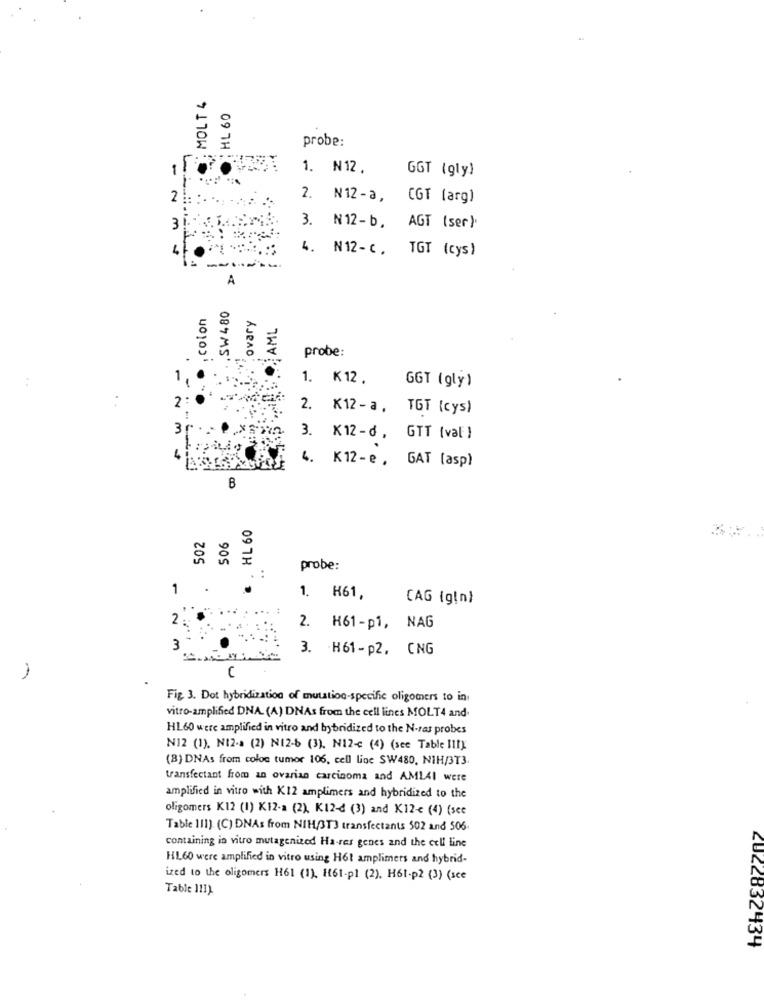
MOLT 4
HL 60
probe:
-
1. N12.
GGT (gly)
2
2. N12-a, CGT (arg)
3
3. N12-b, AGT (ser).
4. N12-c. TGT (cys)
A
SW 480
. colon
ovary
... AML
probe:
1
1. K12.
GGT (gly)
2
2. K12 - a, TGT {cys)
3
3. K12-d, GTT (val )
4. K12- e , GAT [asp)
B
HL 60
502
506
probe:
. :
1
1. K61,
CAG (gin)
2
2. H61-p1, NAG
3
3. H61 - p2, CNG
n
1
Fig. 3. Dot hybridization of mutation-specific oligomers to in
vitro-amplified DNA. (A) DNAs from the cell lines MOLT4 and.
HL60 were amplified in vitro and hybridized to the N-ras probes
N12 (1), NI2-a (2) N12-6 (3). N12-c (4) (see Table III)
(8) DNAs from coloc tumor 106, cell line SW480, NIH/3T3
transfectant from an ovarian carcinoma and AMLAI were
amplified in vitro with K12 amplimers and hybridized to the
oligomers K12 (I) K12-a (2), K12-d (3) and K12-€ (4) (scc
Table III) (C) DNAs from NIH/3T3 transfectants 502 and 506.
containing in vitro mutagenized Ha-res genes and the cell line
HL60 were amplified in vitro using H61 amplimets and hybrid-
ized to the oligomers H61 (1). H61-p] (2). H61-p2 (3) (sce
Table 111)
2022832434